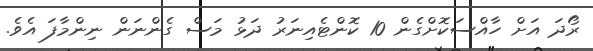
ރޯދަ އަށް ހާއްސަކޮށްގެން 10 ކޮންޓެއިނަރު ދަޅު މަސް ގެންނަން ނިންމާފަ އެވެ.